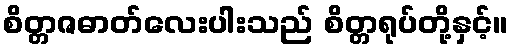
စိတ္တဇဓာတ်လေးပါးသည် စိတ္တရုပ်တို့နှင့်။